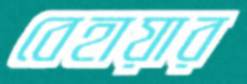
বেহায়ার